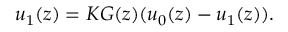
\begin{array} { r } { u _ { 1 } ( z ) = K G ( z ) ( u _ { 0 } ( z ) - u _ { 1 } ( z ) ) . } \end{array}